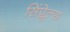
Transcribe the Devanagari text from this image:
सिंप्लेल्स